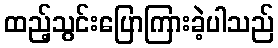
ထည့်သွင်းပြောကြားခဲ့ပါသည်